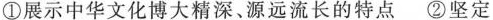
①展示中华文化博大精深、源远流长的特点 ②坚定